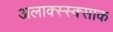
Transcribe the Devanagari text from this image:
अलाक्स्स्क्साक